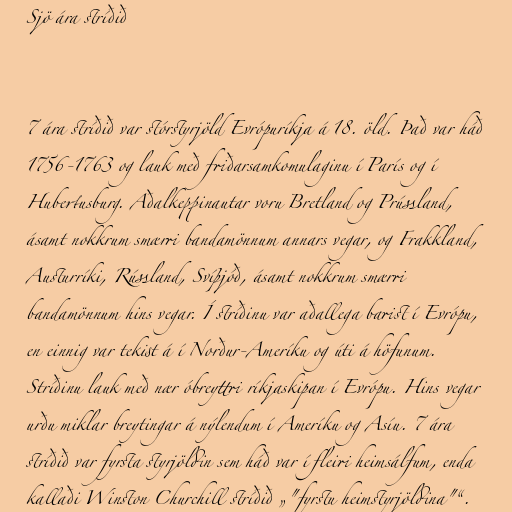
Sjö ára stríðið

7 ára stríðið var stórstyrjöld Evrópuríkja á 18. öld. Það var háð
1756-1763 og lauk með friðarsamkomulaginu í París og í
Hubertusburg. Aðalkeppinautar voru Bretland og Prússland,
ásamt nokkrum smærri bandamönnum annars vegar, og Frakkland,
Austurríki, Rússland, Svíþjóð, ásamt nokkrum smærri
bandamönnum hins vegar. Í stríðinu var aðallega barist í Evrópu,
en einnig var tekist á í Norður-Ameríku og úti á höfunum.
Stríðinu lauk með nær óbreyttri ríkjaskipan í Evrópu. Hins vegar
urðu miklar breytingar á nýlendum í Ameríku og Asíu. 7 ára
stríðið var fyrsta styrjöldin sem háð var í fleiri heimsálfum, enda
kallaði Winston Churchill stríðið „"fyrstu heimstyrjöldina"“.